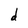
Character: d